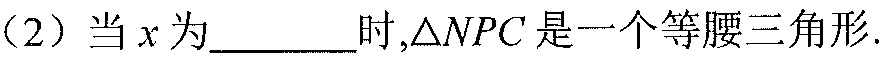
（2）当\(x\)为\(\underline{\quad\quad}\)时,\(\triangle NPC\)是一个等腰三角形.